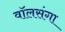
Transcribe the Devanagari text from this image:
वॉलसंगा